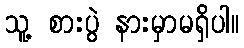
သူ့ စားပွဲ နားမှာမရှိပါ။